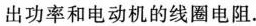
出功率和电动机的线圈电阻。